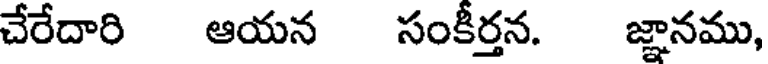
చేరేదారి ఆయన సంకీర్తన. జ్ఞానము,